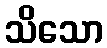
သိသော